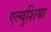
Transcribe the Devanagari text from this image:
एल्युशिया